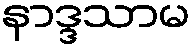
နာဒ္ဒသာမ